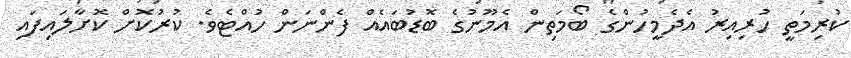
ކުރިމަތީ ހުރިއިރު އެދެމީހުންގެ ބޯމަތިން އެމޫނުގެ ބޮޑުބައެއް ފެންނަން ހުއްޓެވެ. ކުރުކޮށް ކޮށާލައިފައި